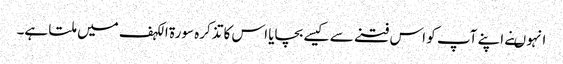
انہو ںنے اپنے آپ کو اس فتنے سے کیسے بچایا اس کا تذکرہ سورة الکہف میں ملتا ہے۔